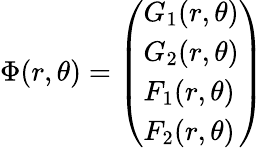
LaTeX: \Phi(r,\theta)=\left(\begin{array}{l}{G_{1}(r,\theta)}\\ {G_{2}(r,\theta)}\\ {F_{1}(r,\theta)}\\ {F_{2}(r,\theta)}\end{array}\right)